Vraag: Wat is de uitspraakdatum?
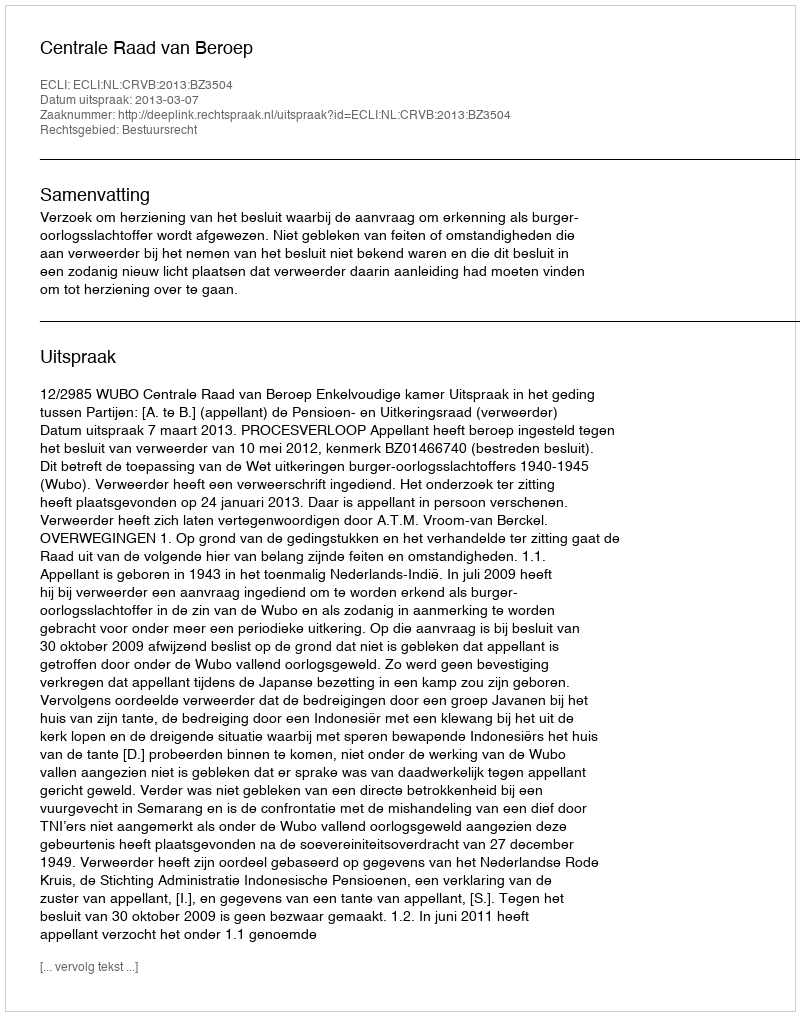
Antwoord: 2013-03-07